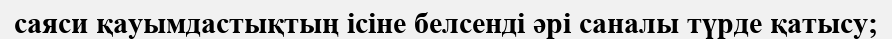
саяси қауымдастықтың ісіне белсенді әрі саналы түрде қатысу;